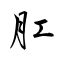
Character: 肛